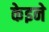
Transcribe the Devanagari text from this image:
केइने